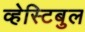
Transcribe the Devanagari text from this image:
व्हेस्टिबुल